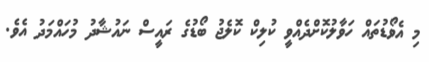
މި އެވޯޑުތައް ހަވާލުކޮށްދެއްވީ ކުލިކް ކޮލެޖު ބޯޑުގެ ރައީސް ނައުޝާދު މުހައްމަދު އެވެ.